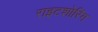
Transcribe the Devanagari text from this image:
राइटशोरिंग